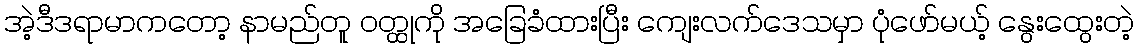
အဲ့ဒီဒရာမာကတော့ နာမည်တူ ဝတ္ထုကို အခြေခံထားပြီး ကျေးလက်ဒေသမှာ ပုံဖော်မယ့် နွေးထွေးတဲ့